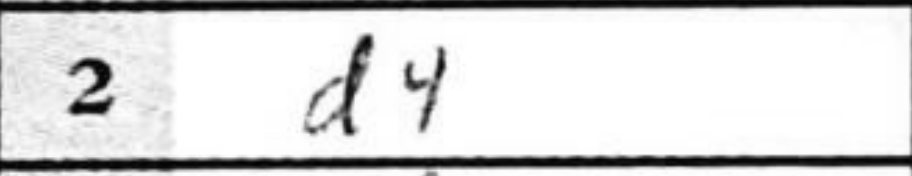
Transcription: d4